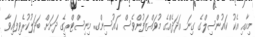
މިއާއި އެކު ކައުންސިލްގެ ގިނަ އަދަދެއްގެ މުވައްޒަފުންވެސް ހައުސިންގ މިނިސްޓްރީގެ ދަށަށް ބަދަލުކުރެވިފައިވާ